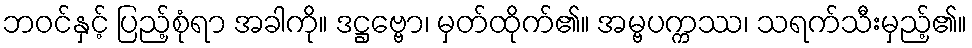
ဘဝင်နှင့် ပြည့်စုံရာ အခါကို။ ဒဋ္ဌဗ္ဗော၊ မှတ်ထိုက်၏။ အမ္ဗပက္ကဿ၊ သရက်သီးမှည့်၏။